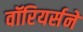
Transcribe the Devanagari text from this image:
वॉरियर्सने